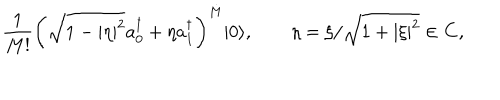
{ \frac { 1 } { M ! } } \left( \sqrt { 1 - | \eta | ^ { 2 } } a _ { 0 } ^ { \dagger } + \eta a _ { 1 } ^ { \dagger } \right) ^ { M } | 0 \rangle , \qquad \eta = \xi / \sqrt { 1 + | \xi | ^ { 2 } } \in \mathbf { C } ,